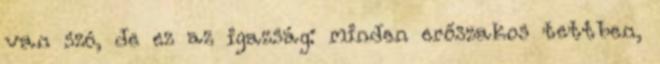
van szó, de ez az igazság: minden erőszakos tettben,